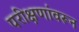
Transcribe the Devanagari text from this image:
परीक्षणांवरून